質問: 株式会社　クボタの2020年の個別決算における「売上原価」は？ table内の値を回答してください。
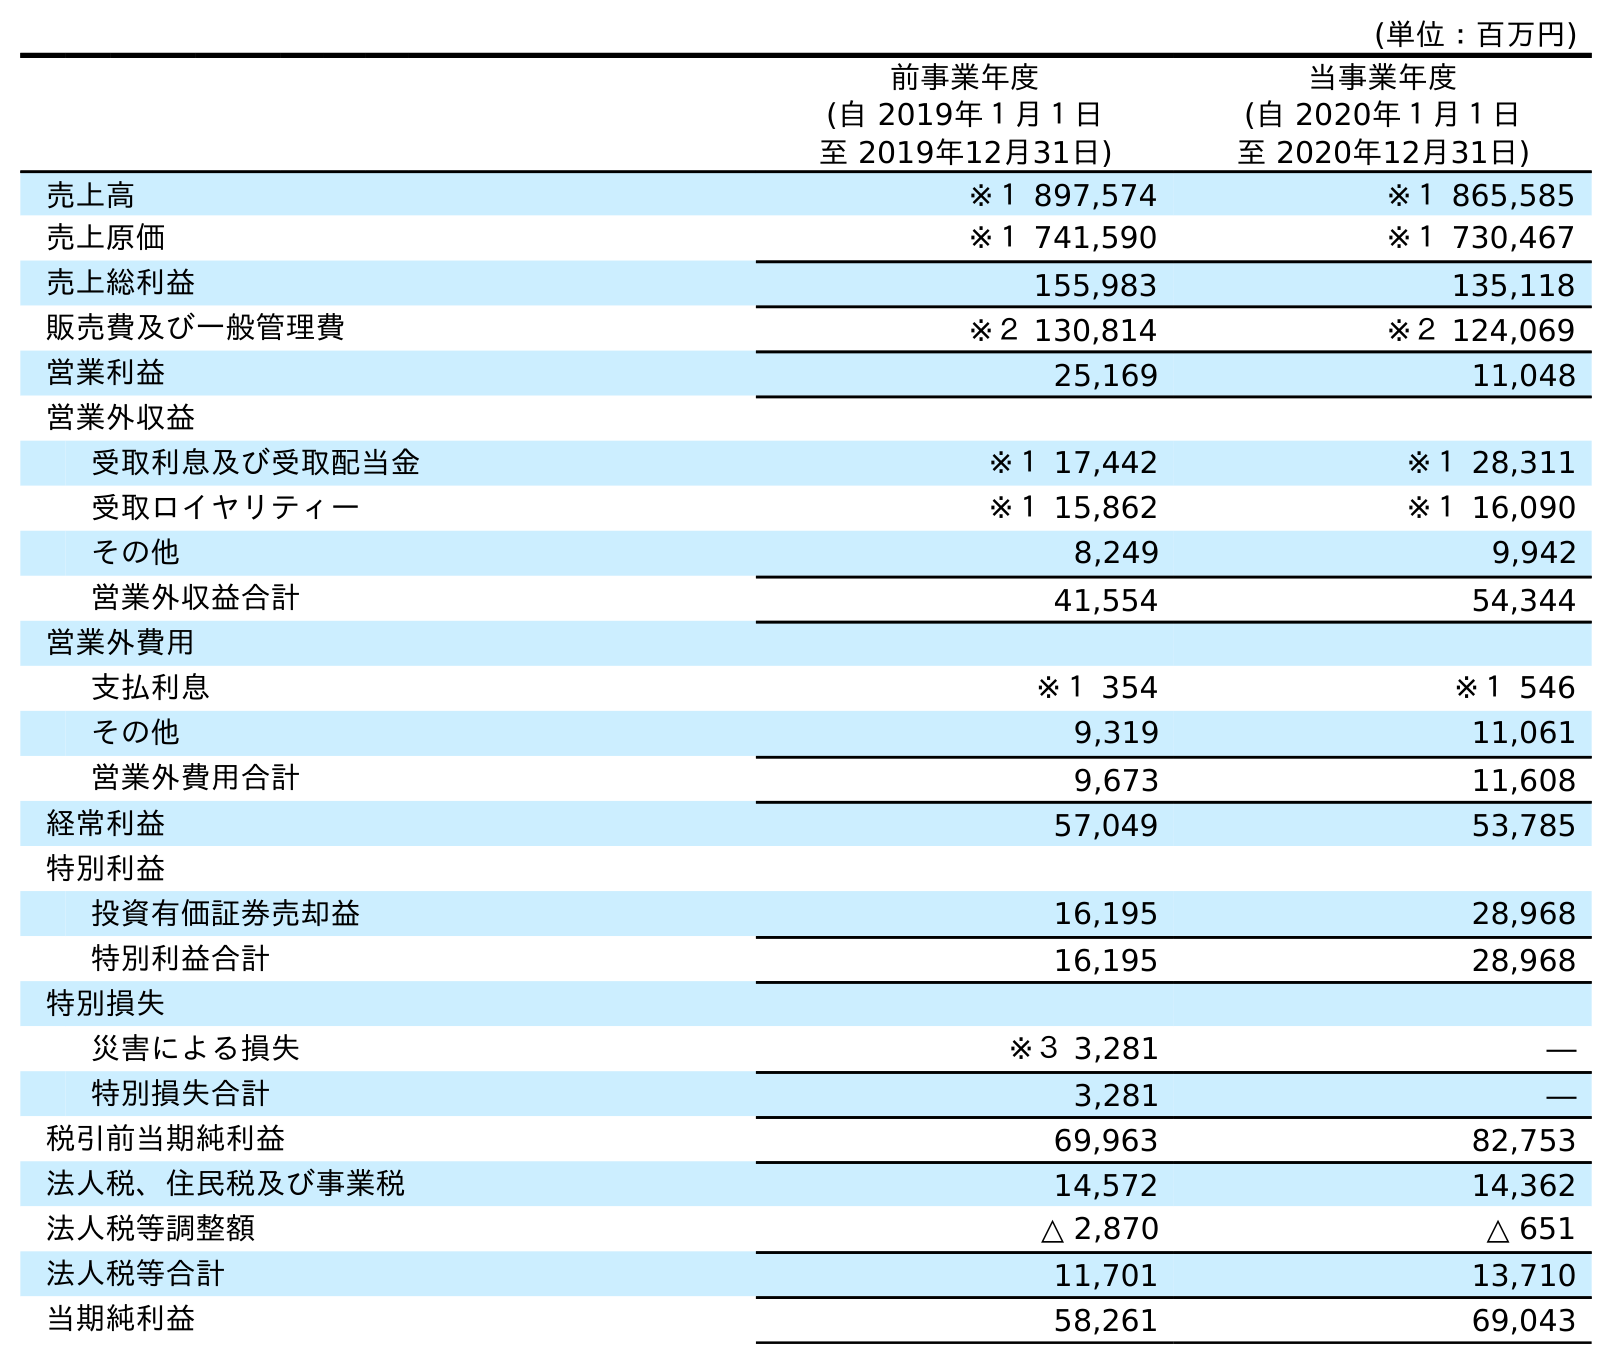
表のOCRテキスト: (単位：百万円) 前事業年度 (自 2019年１月１日 至 2019年12月31日) 当事業年度 (自 2020年１月１日 至 2020年12月31日) 売上高 ※１ 897,574 ※１ 865,585 売上原価 ※１ 741,590 ※１ 730,467 売上総利益 155,983 135,118 販売費及び一般管理費 ※２ 130,814 ※２ 124,069 営業利益 25,169 11,048 営業外収益 受取利息及び受取配当金 ※１ 17,442 ※１ 28,311 受取ロイヤリティー ※１ 15,862 ※１ 16,090 その他 8,249 9,942 営業外収益合計 41,554 54,344 営業外費用 支払利息 ※１ 354 ※１ 546 その他 9,319 11,061 営業外費用合計 9,673 11,608 経常利益 57,049 53,785 特別利益 投資有価証券売却益 16,195 28,968 特別利益合計 16,195 28,968 特別損失 災害による損失 ※３ 3,281 ― 特別損失合計 3,281 ― 税引前当期純利益 69,963 82,753 法人税、住民税及び事業税 14,572 14,362 法人税等調整額 △ 2,870 △ 651 法人税等合計 11,701 13,710 当期純利益 58,261 69,043
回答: ※１730,467